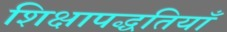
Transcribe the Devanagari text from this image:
शिक्षापद्धतियाँ